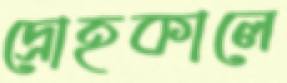
দ্রোহকালে